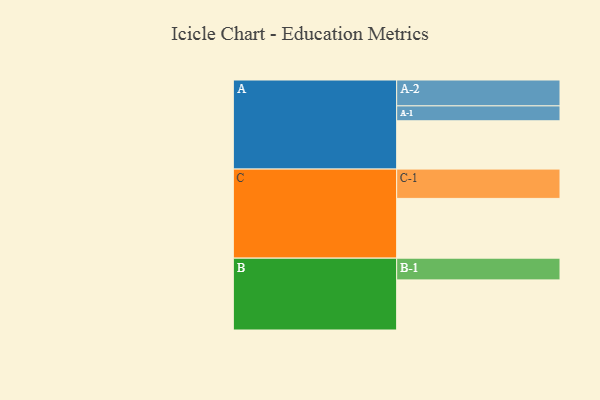
{"axis": {"x": "Segment", "y": "Value"}, "legend": ["", "A", "B", "C"], "data": [{"x": "A", "y": 476, "type": ""}, {"x": "B", "y": 494, "type": ""}, {"x": "C", "y": 589, "type": ""}, {"x": "A-1", "y": 147, "type": "A"}, {"x": "A-2", "y": 255, "type": "A"}, {"x": "B-1", "y": 214, "type": "B"}, {"x": "C-1", "y": 289, "type": "C"}]}